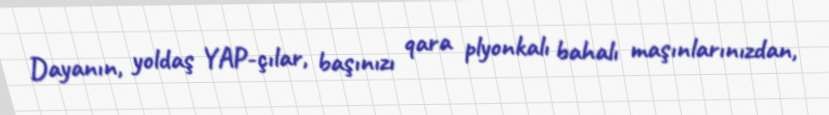
Dayanın, yoldaş YAP-çılar, başınızı qara plyonkalı bahalı maşınlarınızdan,